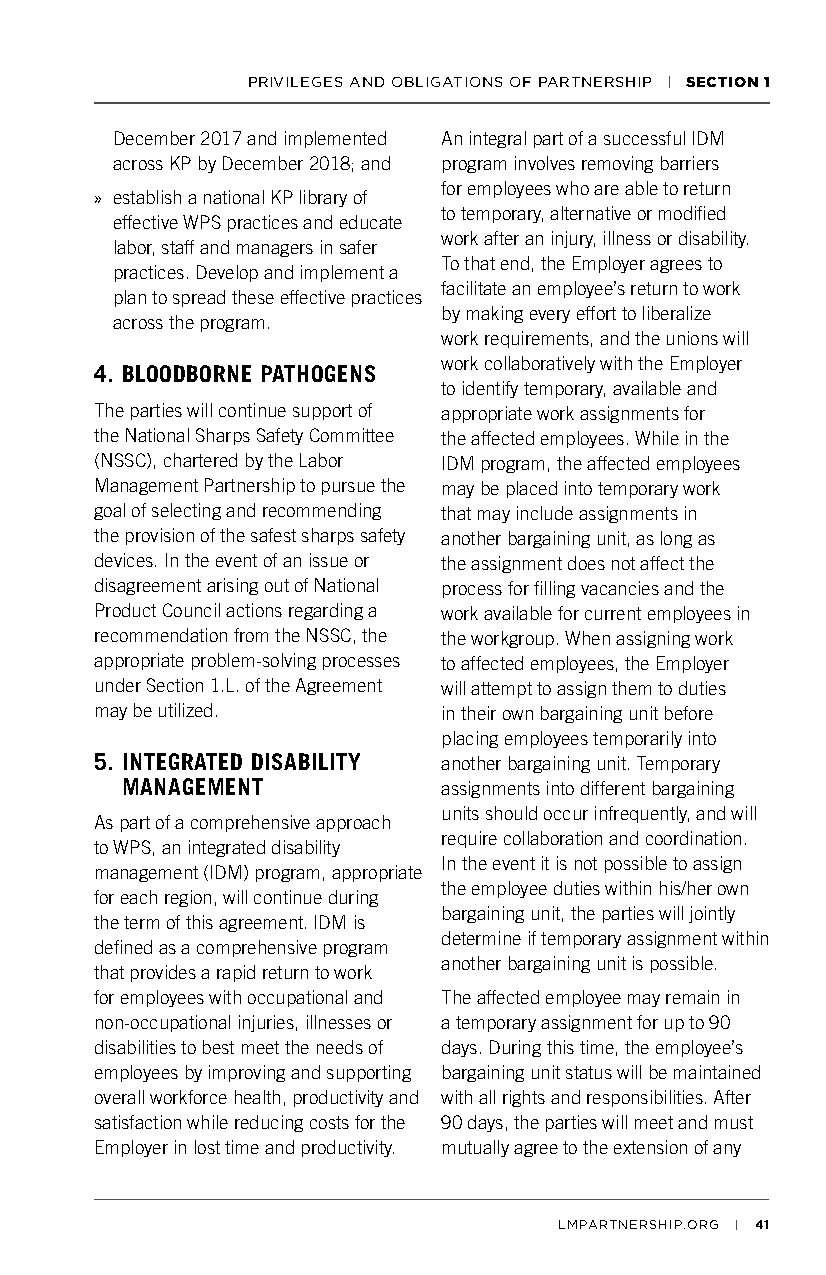
PRIVILEGES AND OBLIGATIONS OF PARTNERSHIP | SECTION 1
 December 2017 and implemented An integral part of a successful IDM
 across KP by December 2018; and program involves removing barriers
 for employees who are able to return
 » establish a national KP library of
 to temporary, alternative or modified
 effective WPS practices and educate
 work after an injury, illness or disability.
 labor, staff and managers in safer
 To that end, the Employer agrees to
 practices. Develop and implement a
 facilitate an employee’s return to work
 plan to spread these effective practices
 by making every effort to liberalize
 across the program.
 work requirements, and the unions will
 work collaboratively with the Employer
 4. BLOODBORNE PATHOGENS
 to identify temporary, available and
 The parties will continue support of appropriate work assignments for
 the National Sharps Safety Committee the affected employees. While in the
 (NSSC), chartered by the Labor IDM program, the affected employees
 Management Partnership to pursue the may be placed into temporary work
 goal of selecting and recommending that may include assignments in
 the provision of the safest sharps safety another bargaining unit, as long as
 devices. In the event of an issue or the assignment does not affect the
 disagreement arising out of National process for filling vacancies and the
 Product Council actions regarding a work available for current employees in
 recommendation from the NSSC, the the workgroup. When assigning work
 appropriate problem-solving processes to affected employees, the Employer
 under Section 1.L. of the Agreement will attempt to assign them to duties
 may be utilized.       in their own bargaining unit before
 placing employees temporarily into
 5. INTEGRATED DISABILITY another bargaining unit. Temporary
 MANAGEMENT           assignments into different bargaining
 units should occur infrequently, and will
 As part of a comprehensive approach
 require collaboration and coordination.
 to WPS, an integrated disability
 In the event it is not possible to assign
 management (IDM) program, appropriate
 the employee duties within his/her own
 for each region, will continue during
 bargaining unit, the parties will jointly
 the term of this agreement. IDM is
 determine if temporary assignment within
 defined as a comprehensive program
 another bargaining unit is possible.
 that provides a rapid return to work
 for employees with occupational and The affected employee may remain in
 non-occupational injuries, illnesses or a temporary assignment for up to 90
 disabilities to best meet the needs of days. During this time, the employee’s
 employees by improving and supporting bargaining unit status will be maintained
 overall workforce health, productivity and with all rights and responsibilities. After
 satisfaction while reducing costs for the 90 days, the parties will meet and must
 Employer in lost time and productivity. mutually agree to the extension of any
 LMPARTNERSHIP.ORG | 41